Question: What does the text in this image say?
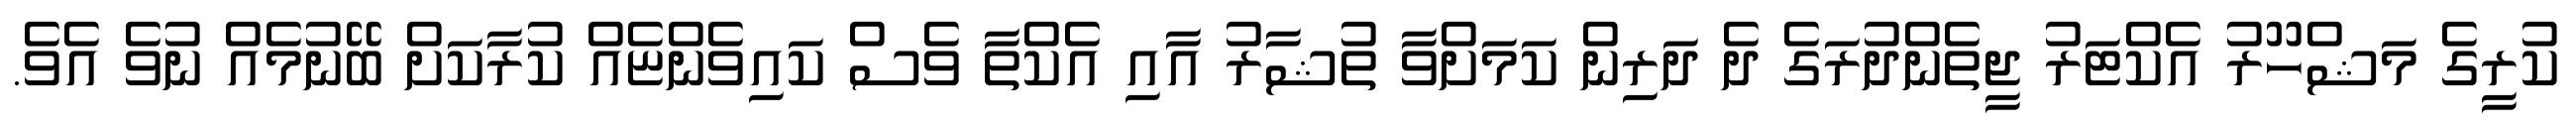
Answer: ކުރީގެ މަޝްހޫރު އެކްޓަރު ޖީތެންދުރަގެ ދެ ދަރިން ކަމަށްވާ ތުޝާރު އާއި އެކްތާ ވެސް ކައިވެންޏެއް ކުރާކަށް ބޭނުމެއް ނުވެ އެވެ.